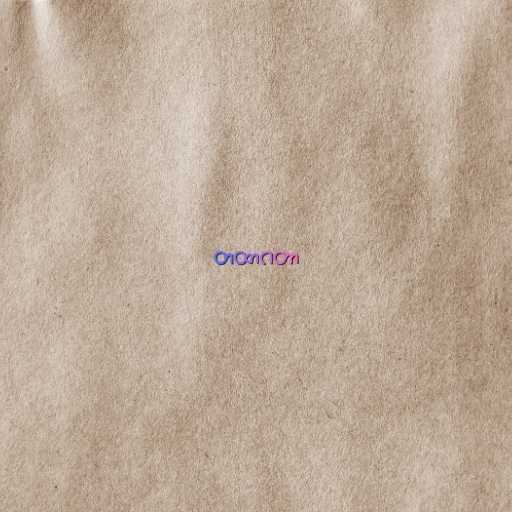
တထာဂတာ